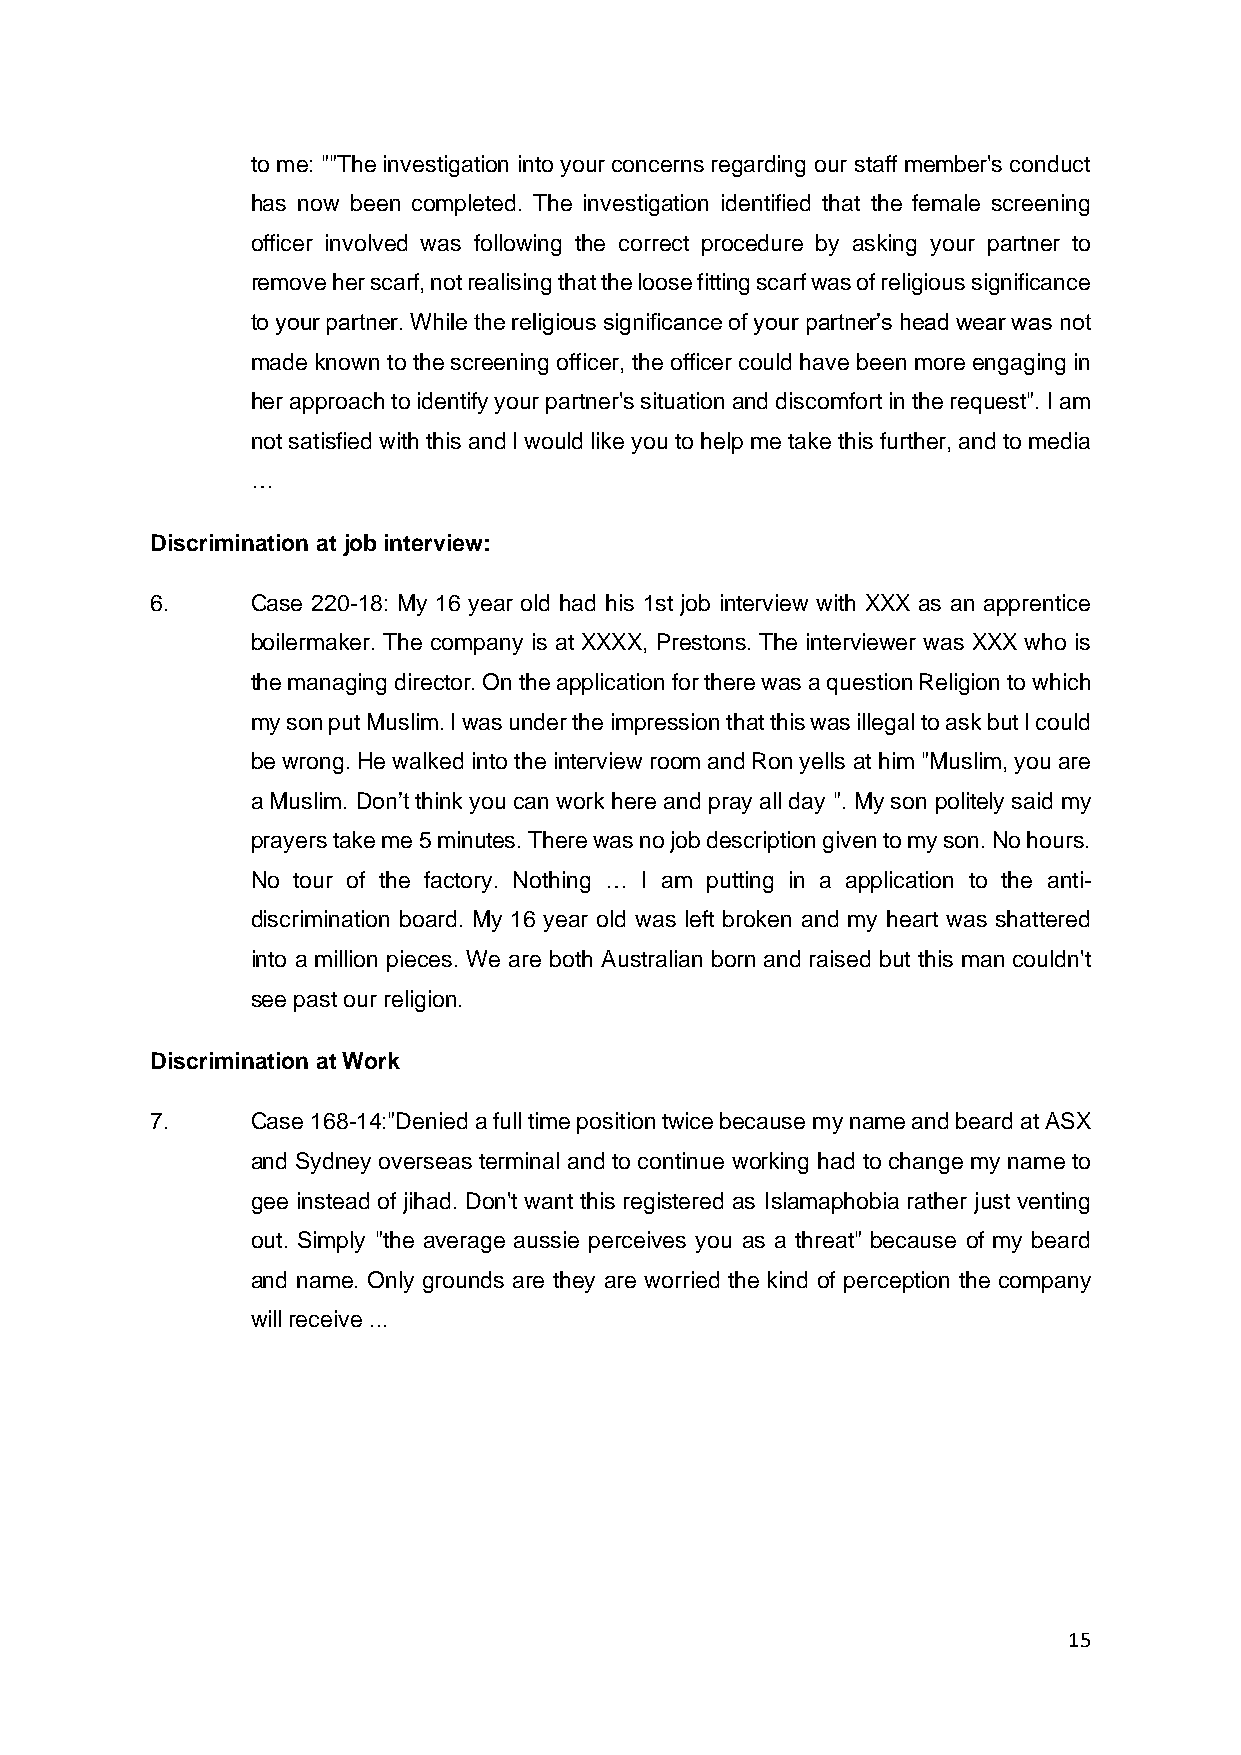
to me: ""The investigation into your concerns regarding our staff member's conduct
 has now been completed. The investigation identified that the female screening
 officer involved was following the correct procedure by asking your partner to
 remove her scarf, not realising that the loose fitting scarf was of religious significance
 to your partner. While the religious significance of your partner’s head wear was not
 made known to the screening officer, the officer could have been more engaging in
 her approach to identify your partner's situation and discomfort in the request". I am
 not satisfied with this and I would like you to help me take this further, and to media
 …
 Discrimination at job interview:
 6.     Case 220-18: My 16 year old had his 1st job interview with XXX as an apprentice
 boilermaker. The company is at XXXX, Prestons. The interviewer was XXX who is
 the managing director. On the application for there was a question Religion to which
 my son put Muslim. I was under the impression that this was illegal to ask but I could
 be wrong. He walked into the interview room and Ron yells at him "Muslim, you are
 a Muslim. Don’t think you can work here and pray all day ". My son politely said my
 prayers take me 5 minutes. There was no job description given to my son. No hours.
 No tour of the factory. Nothing … I am putting in a application to the anti-
 discrimination board. My 16 year old was left broken and my heart was shattered
 into a million pieces. We are both Australian born and raised but this man couldn't
 see past our religion.
 Discrimination at Work
 7.     Case 168-14:"Denied a full time position twice because my name and beard at ASX
 and Sydney overseas terminal and to continue working had to change my name to
 gee instead of jihad. Don't want this registered as Islamaphobia rather just venting
 out. Simply "the average aussie perceives you as a threat" because of my beard
 and name. Only grounds are they are worried the kind of perception the company
 will receive ...
 15